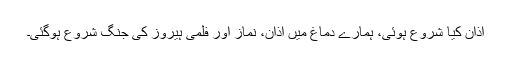
اذان کیا شروع ہوئی، ہمارے دماغ میں اذان، نماز اور فلمی ہیروز کی جنگ شروع ہوگئی۔